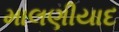
માલણીયાદ